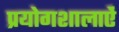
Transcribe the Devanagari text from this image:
प्रयोगशालाऐं